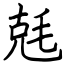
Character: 兞